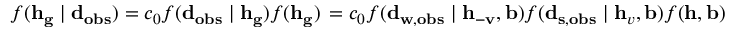
f ( \mathbf { h } _ { \mathbf { g } } \mid \mathbf { d } _ { \mathbf { o b s } } ) = c _ { 0 } f ( \mathbf { d } _ { \mathbf { o b s } } \mid \mathbf { h } _ { \mathbf { g } } ) f ( \mathbf { h } _ { \mathbf { g } } ) \, = c _ { 0 } f ( \mathbf { d } _ { \mathbf { w } , \mathbf { o b s } } \mid \mathbf { h } _ { \mathbf { - v } } , \mathbf { b } ) f ( \mathbf { d } _ { \mathbf { s } , \mathbf { o b s } } \mid \mathbf { h } _ { v } , \mathbf { b } ) f ( \mathbf { h } , \mathbf { b } )